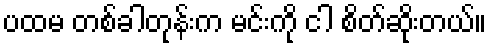
ပထမ တစ်ခါတုန်းက မင်းကို ငါ စိတ်ဆိုးတယ်။